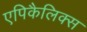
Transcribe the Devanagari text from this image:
एपिकैलिक्स